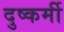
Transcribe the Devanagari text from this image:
दुष्कर्मी